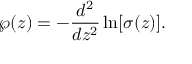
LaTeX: \wp ( z ) = - \frac { d ^ { 2 } } { d z ^ { 2 } } \ln [ \sigma ( z ) ] .